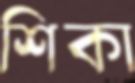
শিকা